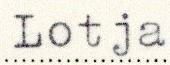
Lotja